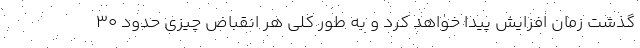
گذشت زمان افزایش پیدا خواهد کرد و به طور کلی هر انقباض چیزی حدود 30